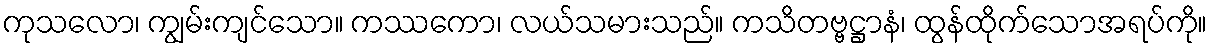
ကုသလော၊ ကျွမ်းကျင်သော။ ကဿကော၊ လယ်သမားသည်။ ကသိတဗ္ဗဋ္ဌာနံ၊ ထွန်ထိုက်သောအရပ်ကို။